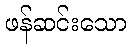
ဖန်ဆင်းသော